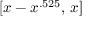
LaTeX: [ x - x ^ { . 5 2 5 } , \, x ]